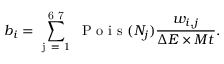
b _ { i } = \sum _ { \mathrm { ~ j ~ = ~ 1 ~ } } ^ { \mathrm { ~ 6 ~ 7 ~ } } \mathrm { ~ P ~ o ~ i ~ s ~ } ( N _ { j } ) \frac { w _ { i , j } } { \Delta E \times M t } .